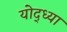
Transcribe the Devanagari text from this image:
योद्ध्या